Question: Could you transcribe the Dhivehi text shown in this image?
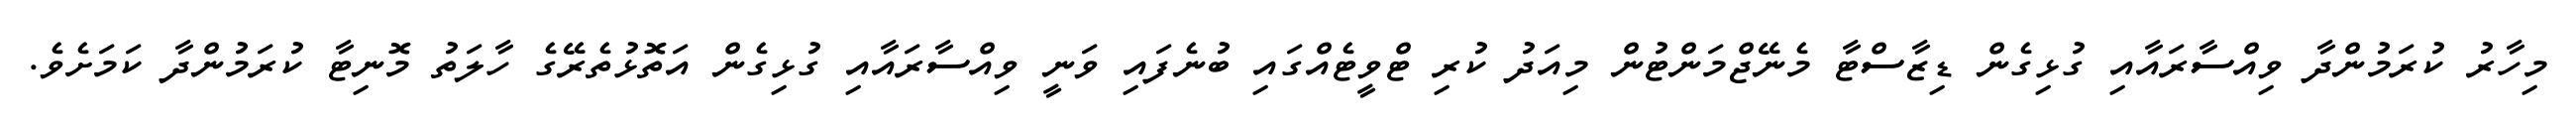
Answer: މިހާރު ކުރަމުންދާ ވިއްސާރައާއި ގުޅިގެން ޑިޒާސްޓާ މެނޭޖްމަންޓުން މިއަދު ކުރި ޓްވީޓެއްގައި ބުނެފައި ވަނީ ވިއްސާރައާއި ގުޅިގެން އަތޮޅުތެރޭގެ ހާލަތު މޮނިޓާ ކުރަމުންދާ ކަމަށެވެ.